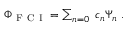
\begin{array} { r } { \Phi _ { \mathrm { ~ F ~ C ~ I ~ } } = \sum _ { n = 0 } \; c _ { n } \Psi _ { n } \mathrm { ~ . ~ } } \end{array}